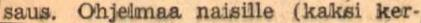
saus. Ohjelmaa naisille (kaksi ker-